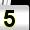
Digit: 5